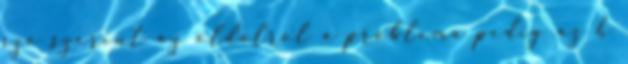
szo szerint az oldalrol a problema pedig az h